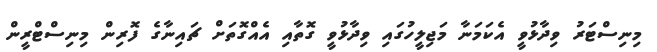
މިނިސްޓަރު ވިދާޅުވީ އެކަމަނާ މަޖިލީހުގައި ވިދާޅުވީ ގޮތާއި އެއްގޮތަށް ޗައިނާގެ ފޮރިން މިނިސްޓްރީން